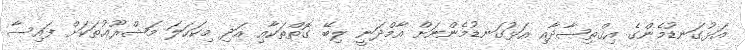
އަޅުގަނޑުމެންގެ އިޤްތިޞާދާއި އަޅުގަނޑުމެންނަށް އާމްދަނީ ލިބޭ ގޮތްތަކާއި އަދި މިކަހަލަ މަޝްރޫޢުތަކަށް ފައިސާ